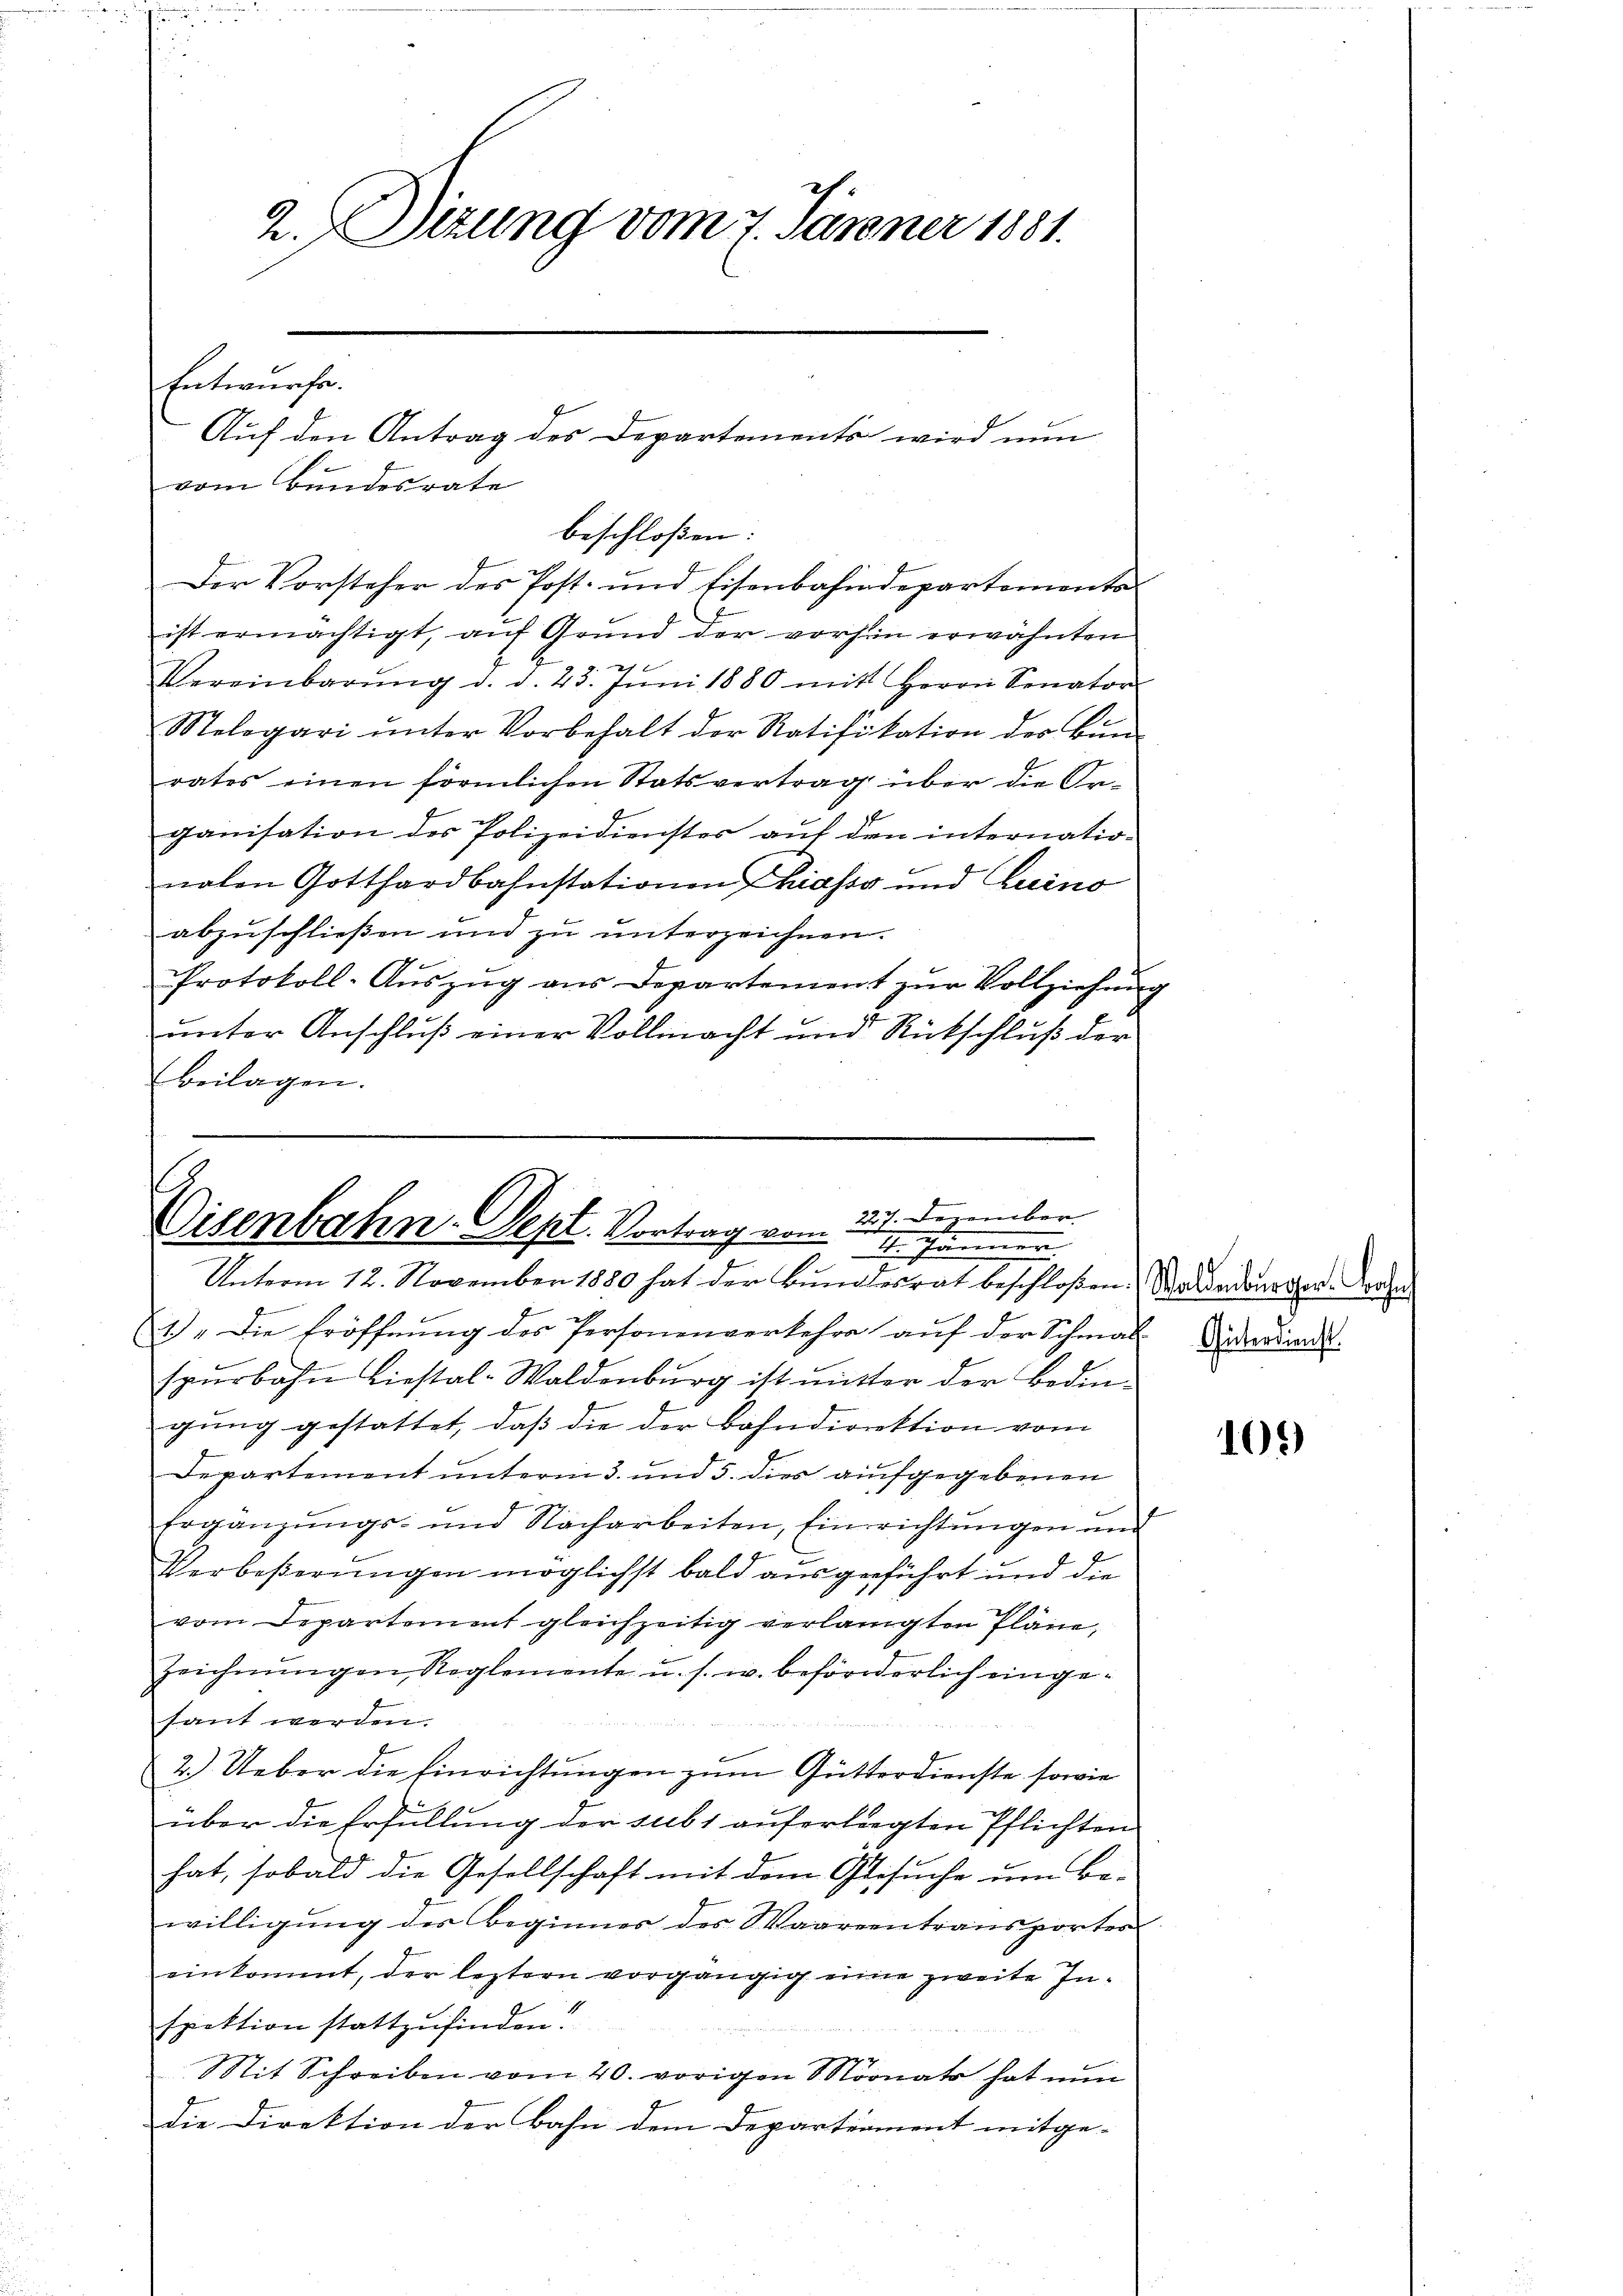
2. Dezung vom 7. Jänner 1881.

Entwurfe.
Auf den Antrag des Departements wird nun
vom Bundesrate

beschloßen:
Der Vorsteher des Post- und Eisenbahndepartements
ist ermächtigt, auf Grund der vorhin erwähnten
Vereinbarŭng d. d. 25. Jŭni 1880 mit Herrn Senator
Melegari ŭnter Vorbehalt der Ratifikation der Bŭn-
rates einen förmlichen Statsvertrag über die Or-
ganisation des Polizeidienstes auf den internatio-
nalen Gotthardbahnstationen hasse und Luino
abzuschließen und zu unterzeichnen.
Protokoll-Aŭszŭg aŭs Departement zŭr Vollziehŭng
unter Anschluß einer Vollmacht und Rückschluß der
Beilagen.

227. Dezember.
Cisenbahn-Sept. Vortrag vom
hin
Unterm 12. November 1880 hat der Bundesrat beschloßen: Waldbedaurer. Drohe

1.) Die Eröffnŭng des Personenverkehre aŭf der Schmal-
spŭrbahn hiestal-Waldenbŭrg ist mitter der Bedin-
gung gestattet, daß die der Bahndirektion vom
Departement unterm 3. und 5. dies aufgegebenen
Ergänzungs- und Nacharbeiten, Einrichtungen und
Verbeßerungen möglichst bald ausgeführt und die
vom Departement gleichzeitig verlangten Pläne,
Zeichnŭngen Reglemente u. s. w. beförderlich eingesant werden.
E
2.) Ueber die Einrichtungen zum Gutterdienste sowie
über die Erfüllung der sub 1 auferliegten Pflichten
hat, sobald die Gesellschaft mit dem Gesuche um Be-
willigung des Beginnes des Waarentransportes
einkommt, der leztern vorgängig eine zweite Inspektion stattzufinden.
Mit Schreiben vom 20. vorigen Monats hat nun
Die Direktion der Bahn dem Departeament mitge-

Güterdienst.

105)